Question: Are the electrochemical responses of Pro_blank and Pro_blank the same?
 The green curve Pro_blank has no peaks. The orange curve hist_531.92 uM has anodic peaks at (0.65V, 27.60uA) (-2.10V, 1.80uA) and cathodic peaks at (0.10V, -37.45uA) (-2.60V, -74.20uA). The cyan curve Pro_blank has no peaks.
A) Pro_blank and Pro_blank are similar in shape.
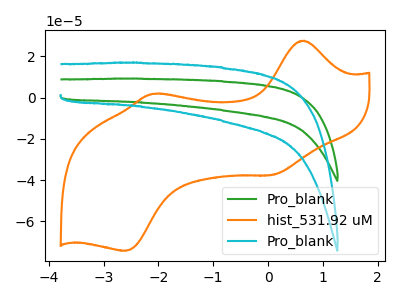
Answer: <think>Neither "Pro_blank" or "Pro_blank" have any peaks.
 </think>
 <answer>A) "Pro_blank" and "Pro_blank" are similar in shape.</answer>
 <eval>A</eval>